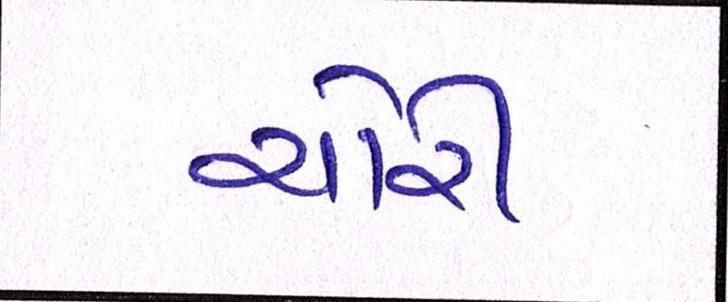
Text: ચોરી